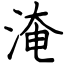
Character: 淹